NAE_ERA_R-1665_Eesti_Kunstnike_Liit, lk 34
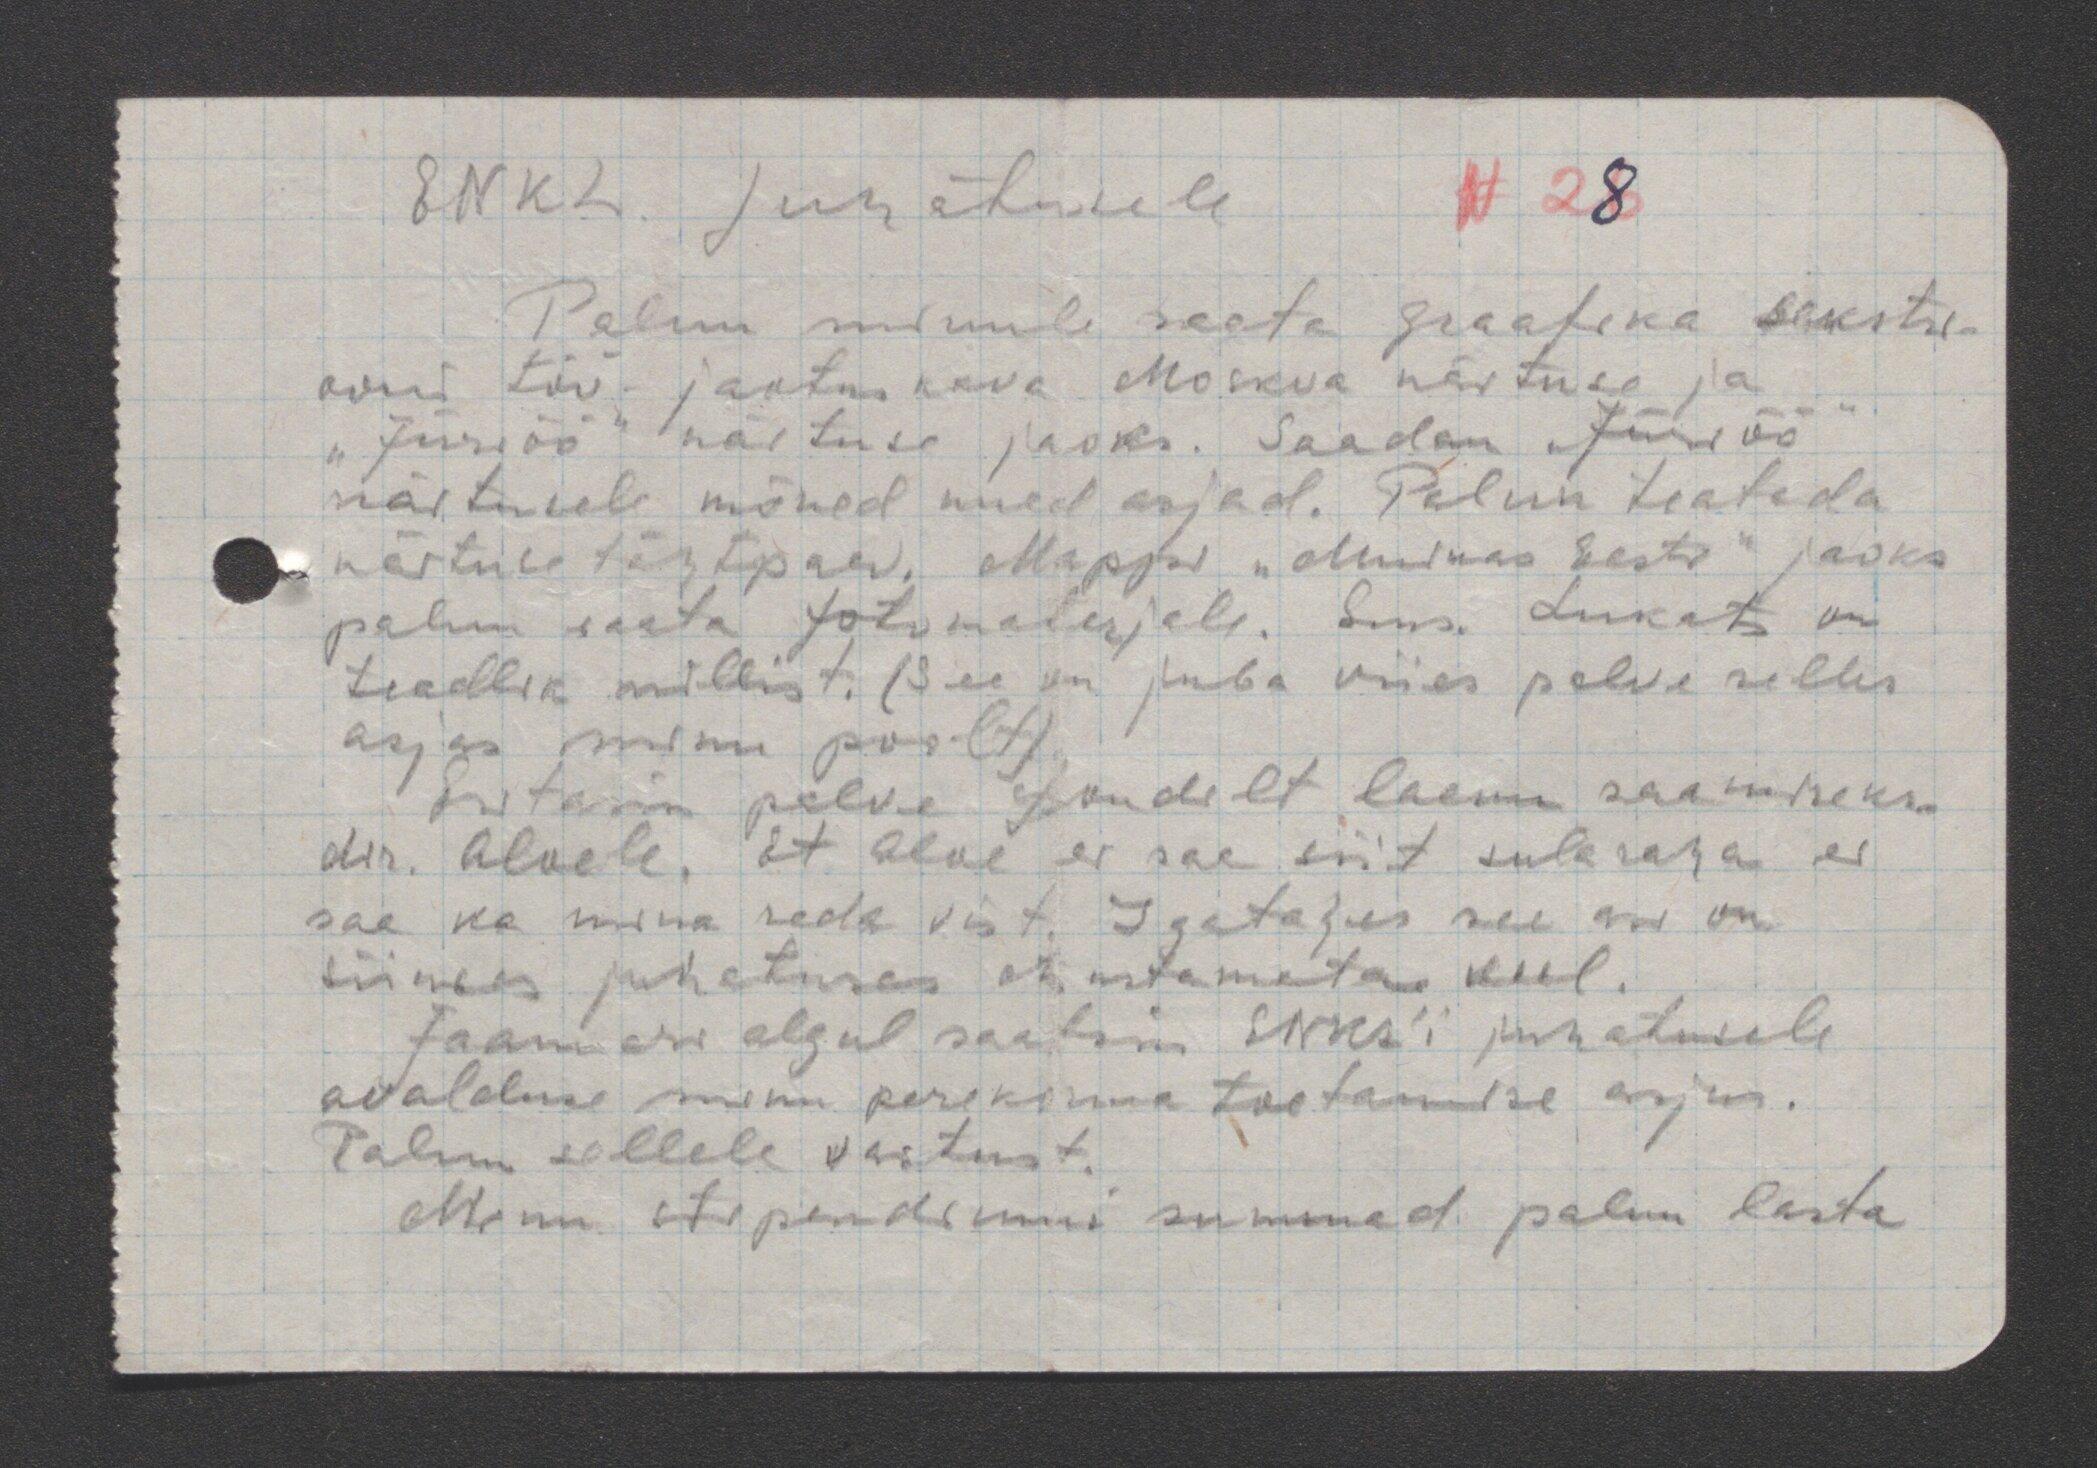
ENKL. Juhatusele
N 28
Palun minule saata graafika sekstsi-
ooni töö - jaotuskava Moskva näituse ja
"Jüriöö" näituse jaoks. Saadan" Jüriöö"
näitusele mõned uued asjad. Palun teatada
näituse tähtpaev. Mappi "Muinas Eesti" jaoks
palun saata fotomaterjale. Sms. Lukats on
teadlik millist. (See on juba viies palve selles
asjas minu poolt).
Esitasin palve fondilt laenu saamiseks
dir. Alvele. Et Alve ei saa siit sularaha ei
saa ka mina seda vist. Igatahes see asi on
siinses juhatuses otsustamata veel.
Jaanuari algul saatsin ENKL juhatusele
avalduse minu perekonna toetamise asjus.
Palun sellele vastust.
Minu stipendiumi summad palun lasta